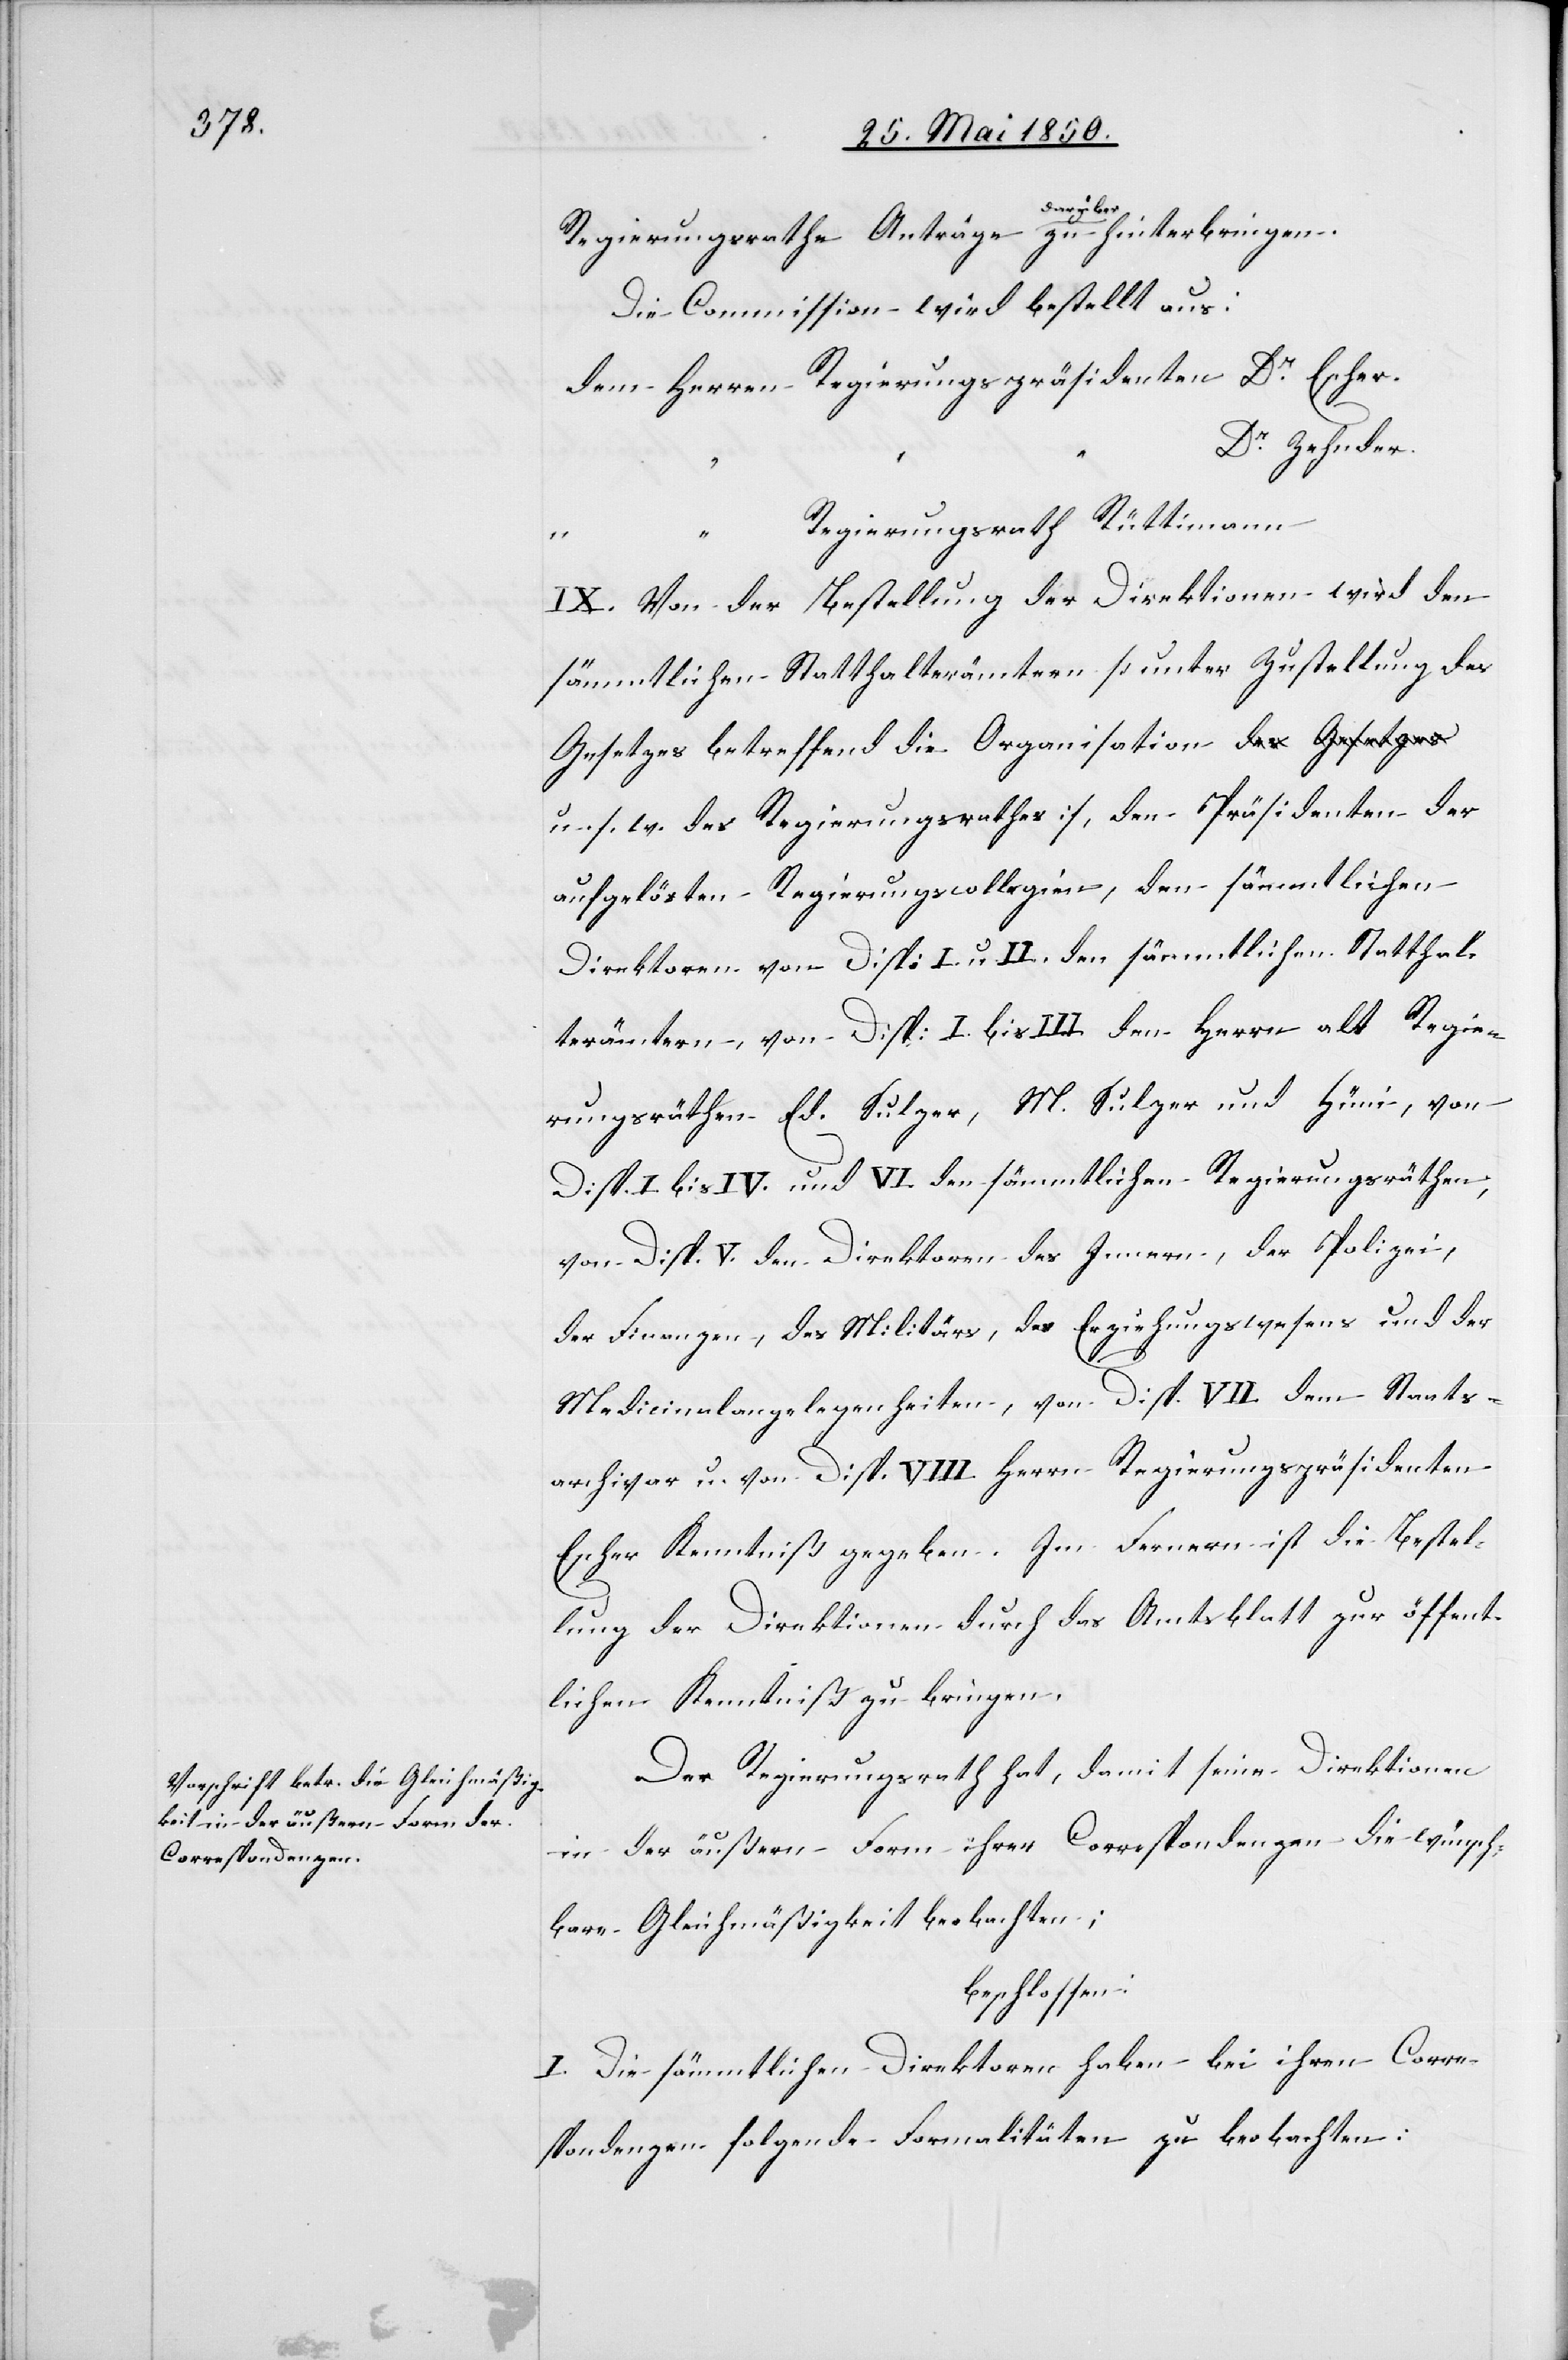
Regierungsrathe Anträge darüber zu hinterbringen.
Die Commission wird bestellt aus:
dem Herren	Regierungspräsidenten	Dr Escher.
“	Dr Zehnder.
“	Regierungsrath Rüttimann
IX. Von der Bestellung der Direktionen wird den
sämmtlichen Statthalterämtern [unter Zustellung des
Gesetzes betreffend die Organisation u. s.
w. des Regierungsrathes], den Präsidenten der
aufgelösten Regierungscollegien, den sämmtlichen
Direktoren von Disp: I. u II. den sämmtlichen Statthal¬
terämtern, von Disp: I. bis III. den Herrn alt Regie¬
rungsräthen Ed. Sulzer, M. Sulzer und Hüni, von
Disp. I. bis IV. den sämmtlichen Regierungsräthen,
von Disp. V. den Direktoren des Innern, der Polizei,
der Finanzen, des Militärs, des Erziehungswesens und der
Medicinalangelegenheiten, von Disp. VII. dem Staats¬
archivar u. von Disp. VIII Herrn Regierungspräsidenten
Escher Kenntniß gegeben. Im Fernern ist die Bestel¬
lung der Direktionen durch das Amtsblatt zur öffent¬
lichen Kenntniß zu bringen.
Der Regierungsrath hat, damit seine Direktionen
in der äußern Form ihrer Correspondenzen die wünsch¬
bare Gleichmäßigkeit beobachten;
beschlossen:
I. Die sämmtlichen Direktoren haben bei ihren Corre¬
spondenzen folgende Formalitäten zu beobachten: